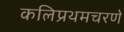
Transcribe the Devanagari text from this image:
कलिप्रथमचरणे